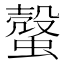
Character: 𧐜